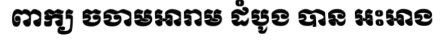
ពាក្យ ចចាមអារាម ដំបូង បាន អះអាង